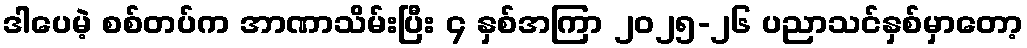
ဒါပေမဲ့ စစ်တပ်က အာဏာသိမ်းပြီး ၄ နှစ်အကြာ ၂၀၂၅-၂၆ ပညာသင်နှစ်မှာတော့